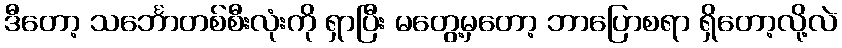
ဒီတော့ သင်္ဘောတစ်စီးလုံးကို ရှာပြီး မတွေ့မှတော့ ဘာပြောစရာ ရှိတော့လို့လဲ